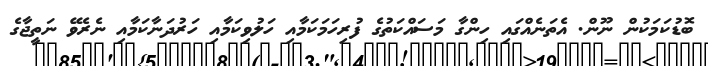
ބޮޑުކަމަކުން ނޫން. އެތަނެއްގައި ހިންގާ މަސައްކަތުގެ ފުރިހަމަކަމާއި ހަލުވިކަމާއި ހަރުދަނާކަމާއި ނެރެވޭ ނަތީޖާގެ